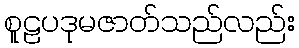
စူဠပဒုမဇာတ်သည်လည်း